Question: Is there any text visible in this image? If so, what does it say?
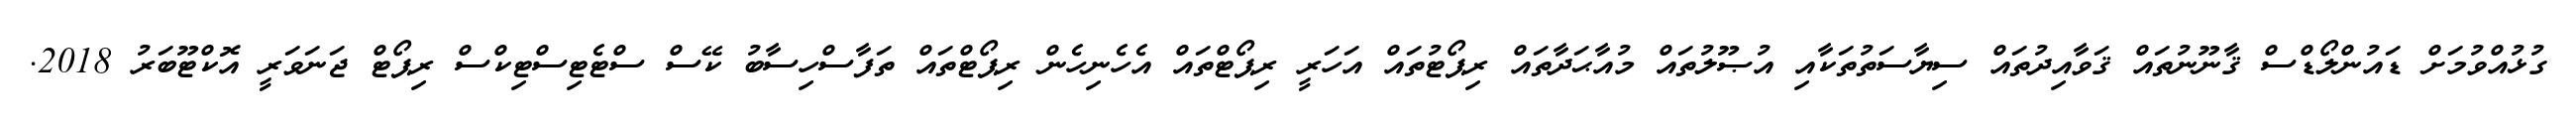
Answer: ގުޅުއްވުމަށް ޑައުންލޯޑްސް ޤާނޫނުތައް ޤަވާއިދުތައް ސިޔާސަތުތަކާއި އުޞޫލުތައް މުއާޙަދާތައް ރިޕޯޓުތައް އަހަރީ ރިޕޯޓްތައް އެހެނިހެން ރިޕޯޓްތައް ތަފާސްހިސާބު ކޭސް ސްޓެޓިސްޓިކްސް ރިޕޯޓް ޖަނަވަރީ އޮކްޓޫބަރު 2018.